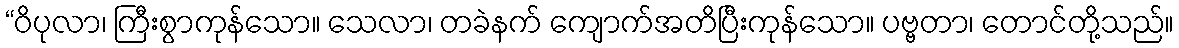
“ဝိပုလာ၊ ကြီးစွာကုန်သော။ သေလာ၊ တခဲနက် ကျောက်အတိပြီးကုန်သော။ ပဗ္ဗတာ၊ တောင်တို့သည်။